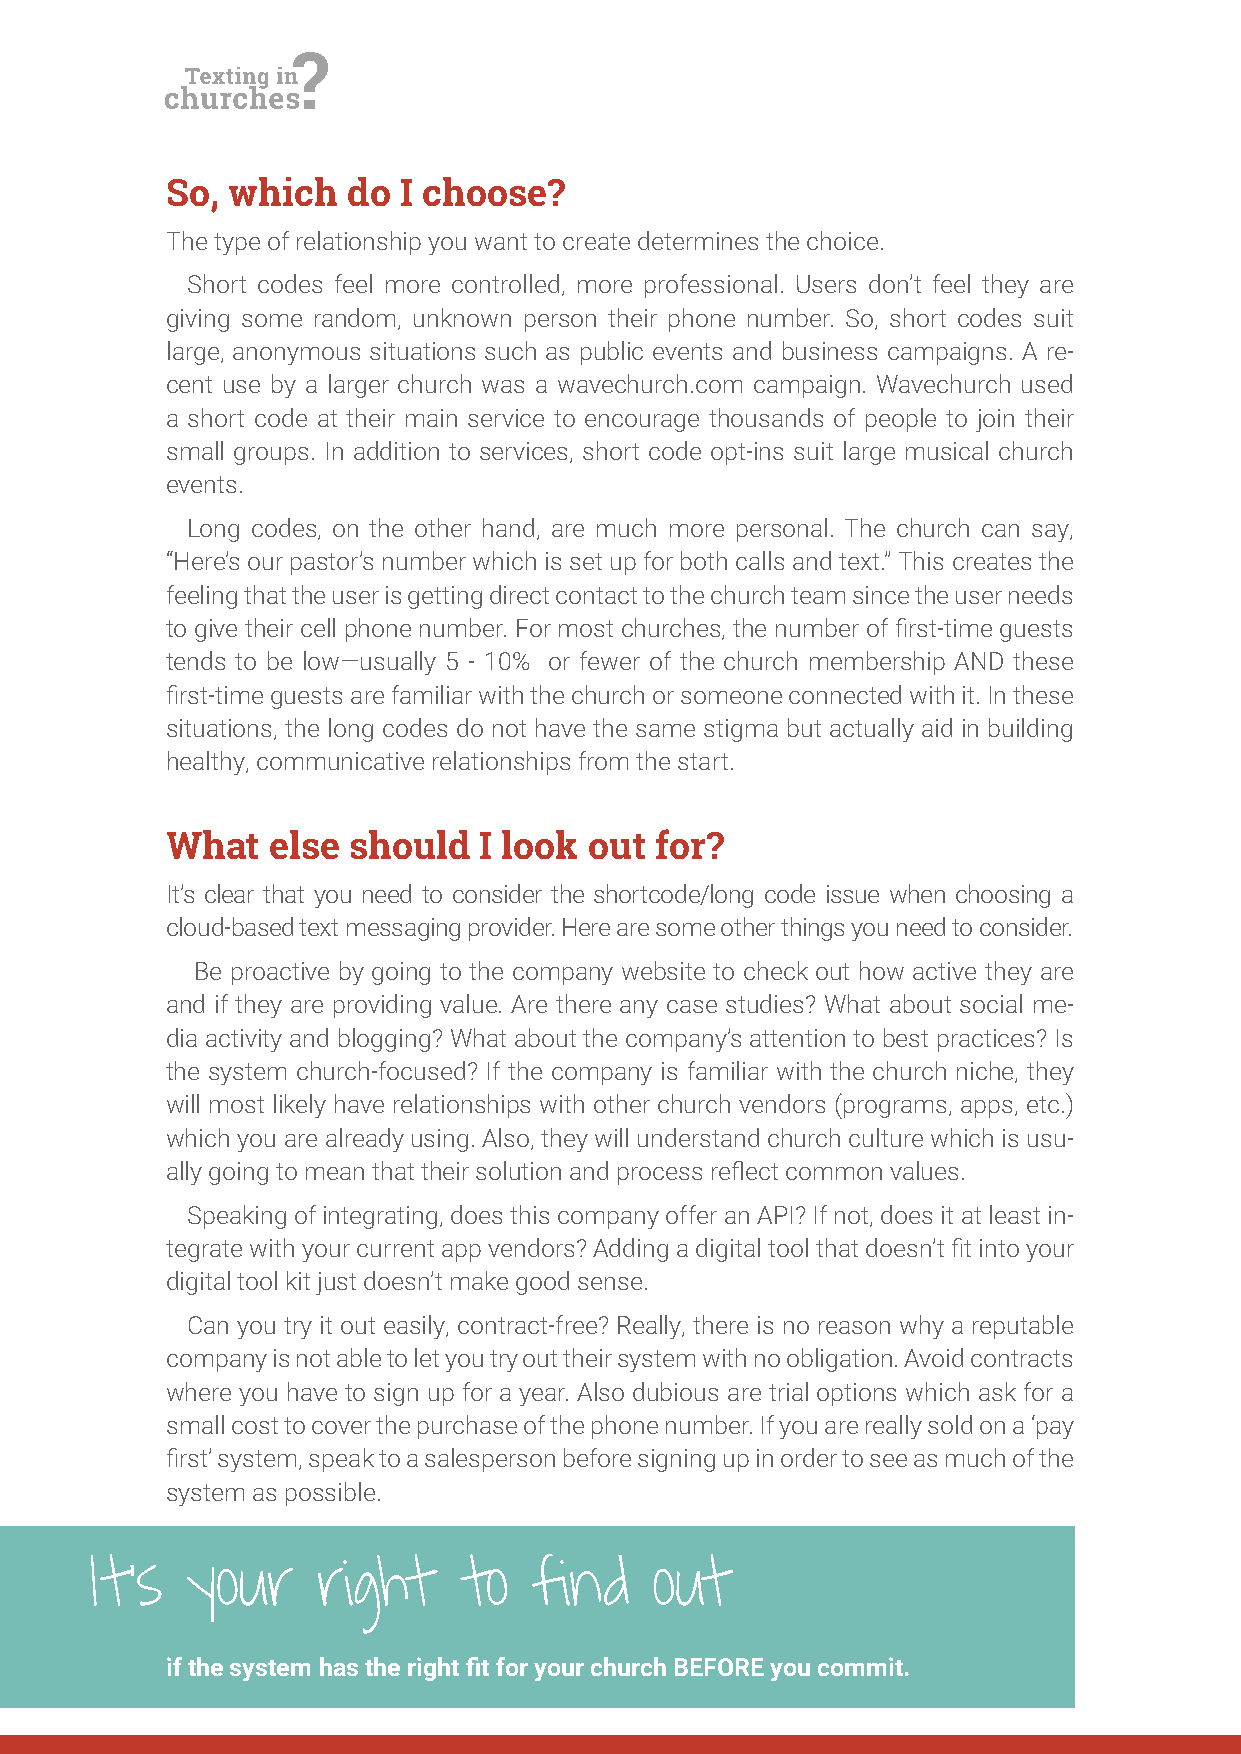
So, which   do I choose?
 The type of relationship you want to create determines the choice.
 Short codes feel more controlled, more professional. Users don’t feel they are
 giving some random, unknown person their phone number. So, short codes suit
 large, anonymous situations such as public events and business campaigns. A re-
 cent use by a larger church was a wavechurch.com campaign. Wavechurch used
 a short code at their main service to encourage thousands of people to join their
 small groups. In addition to services, short code opt-ins suit large musical church
 events.
 Long codes, on the other hand, are much more personal. The church can say,
 “Here’s our pastor’s number which is set up for both calls and text.” This creates the
 feeling that the user is getting direct contact to the church team since the user needs
 to give their cell phone number. For most churches, the number of irst-time guests
 tends to be low—usually 5 - 10% or fewer of the church membership AND these
 irst-time guests are familiar with the church or someone connected with it. In these
 situations, the long codes do not have the same stigma but actually aid in building
 healthy, communicative relationships from the start.
 What   else should   I look out for?
 It’s clear that you need to consider the shortcode/long code issue when choosing a
 cloud-based text messaging provider. Here are some other things you need to consider.
 Be proactive by going to the company website to check out how active they are
 and if they are providing value. Are there any case studies? What about social me-
 dia activity and blogging? What about the company’s attention to best practices? Is
 the system church-focused? If the company is familiar with the church niche, they
 will most likely have relationships with other church vendors (programs, apps, etc.)
 which you are already using. Also, they will understand church culture which is usu-
 ally going to mean that their solution and process relect common values.
 Speaking of integrating, does this company offer an API? If not, does it at least in-
 tegrate with your current app vendors? Adding a digital tool that doesn’t it into your
 digital tool kit just doesn’t make good sense.
 Can you try it out easily, contract-free? Really, there is no reason why a reputable
 company is not able to let you try out their system with no obligation. Avoid contracts
 where you have to sign up for a year. Also dubious are trial options which ask for a
 small cost to cover the purchase of the phone number. If you are really sold on a ‘pay
 irst’ system, speak to a salesperson before signing up in order to see as much of the
 system as possible.
 It’s  your     right    to   find    out
 if the system has the right it for your church BEFORE you commit.